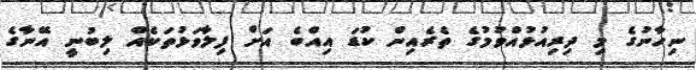
ނިހާނުގެ މި ދިރިއުޅުއްވުމުގެ ތެރެއިން ކުޑަ އިއްބެ އަށް ފިލާވަޅުތަކެއް ލިބުނީ އޭނާގެ